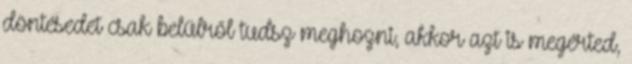
döntésedet csak belülről tudsz meghozni, akkor azt is megérted,